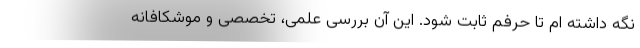
نگه داشته ام تا حرفم ثابت شود. این آن بررسی علمی، تخصصی و موشکافانه‌